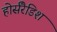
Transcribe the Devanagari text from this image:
होर्सरैडिश